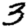
Digit: 3